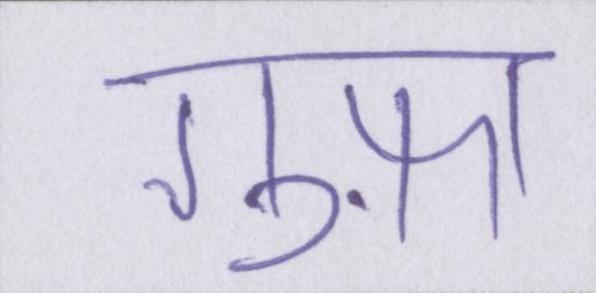
गुफ़ा